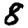
Digit: 8